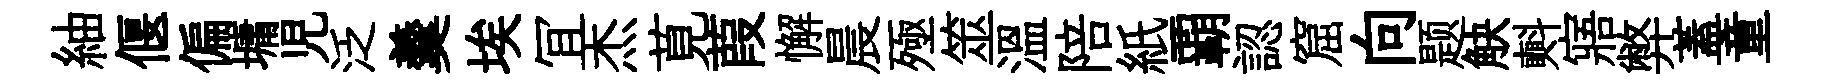
紬偃偏墉児泛羹埃冝杰莧葭懈晨殛筮温陪紙覇認窟向题觖㪺寤弊蓋童